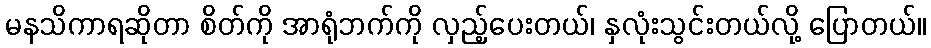
မနသိကာရဆိုတာ စိတ်ကို အာရုံဘက်ကို လှည့်ပေးတယ်၊ နှလုံးသွင်းတယ်လို့ ပြောတယ်။